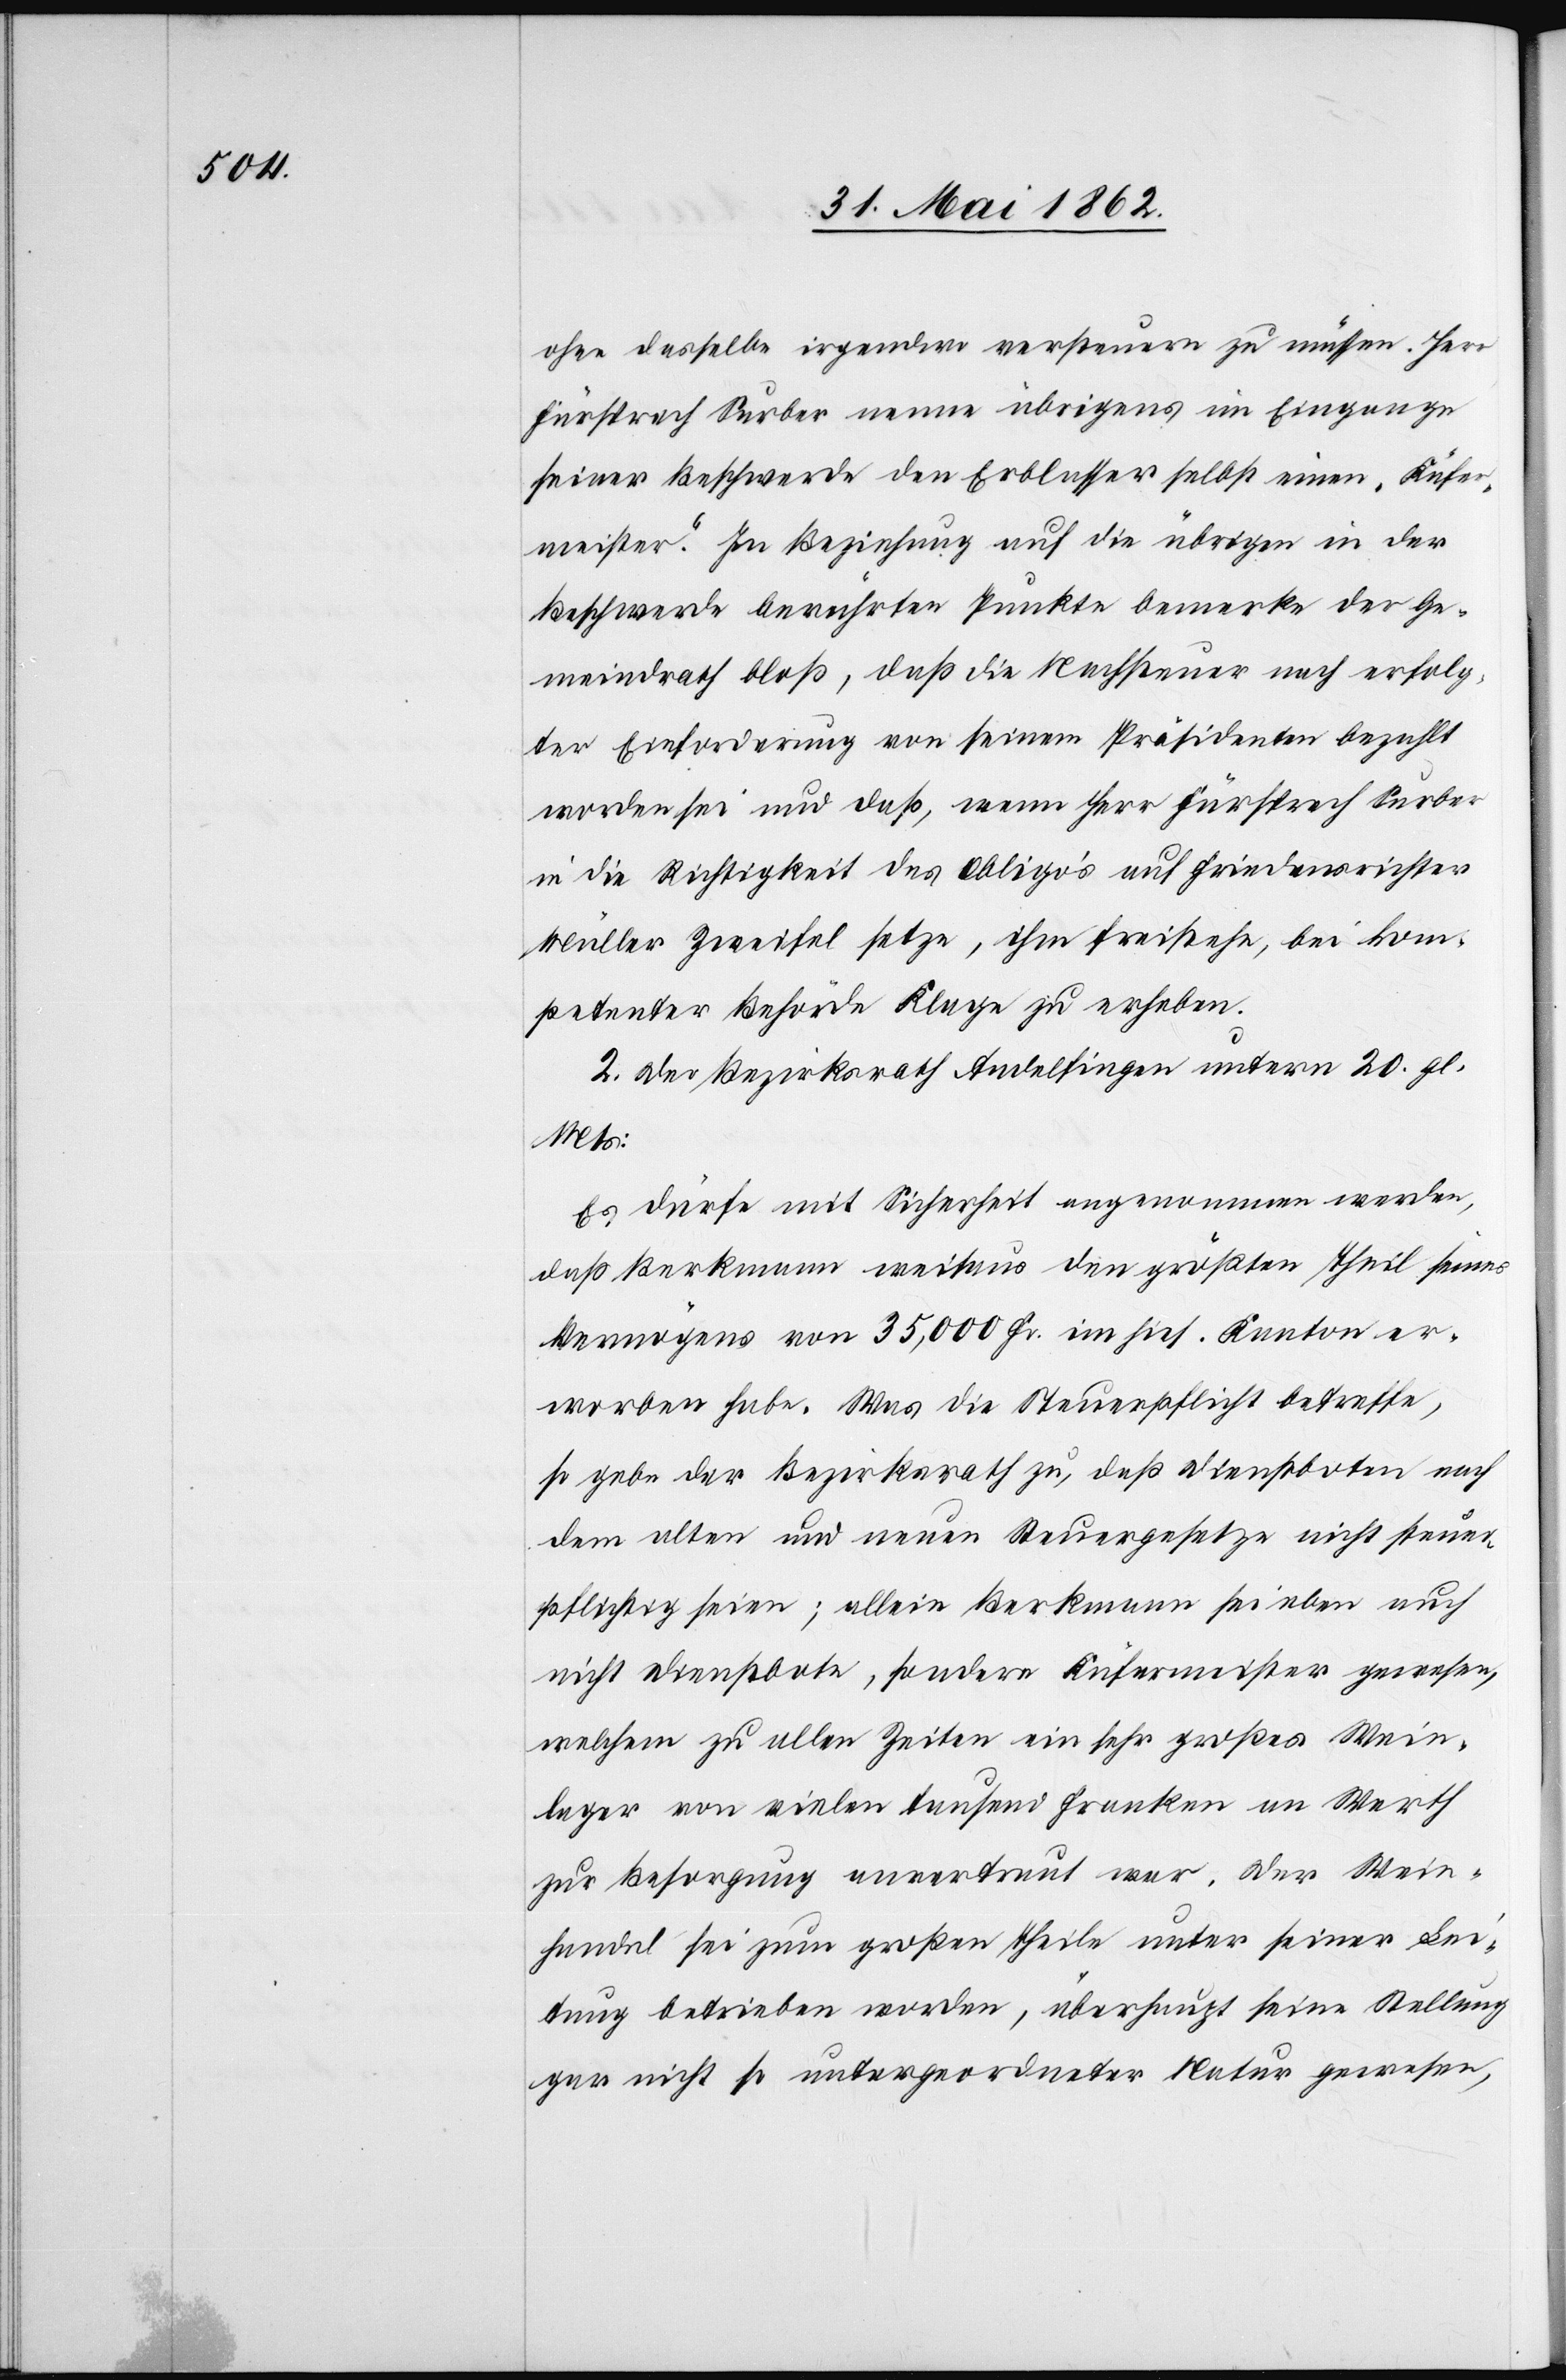
ohne dasselbe irgendwo versteuern zu müssen. Herr
Fürsprech Surber nenne übrigens im Eingange
seiner Beschwerde den Erblasser selbst einen „Küfer¬
meister“. In Beziehung auf die übrigen in der
Beschwerde berührten Punkte bemerke der Ge¬
meindrath bloß, daß die Nachsteuer nach erfolg¬
ter Einforderung von seinem Präsidenten bezahlt
worden sei und daß, wenn Herr Fürsprech Surber
in die Richtigkeit des Obligo’s auf Friedensrichter
Müller Zweifel setze, ihm freistehe, bei kom¬
petenter Behörde Klage zu erheben.
2. Der Bezirksrath Andelfingen unterm 20. gl.
Mts:
Es dürfe mit Sicherheit angenommen werden,
daß Berkmann weitaus den größten Theil seines
Vermögens von 35,000 Fr. im hies. Kanton er¬
worben habe. Was die Steuerpflicht betreffe,
so gebe der Bezirksrath zu, daß Dienstboten nach
dem alten und neuen Steuergesetze nicht steuer¬
pflichtig seien; allein Berkmann sei eben auch
nicht Dienstbote, sondern Küfermeister gewesen,
welchem zu allen Zeiten ein sehr großes Wein¬
lager von vielen tausend Franken an Werth
zur Besorgung anvertraut war. Der Wein¬
handel sei zum großen Theile unter seiner Lei¬
tung betrieben worden, überhaupt seine Stellung
gar nicht so untergeordneter Natur gewesen,